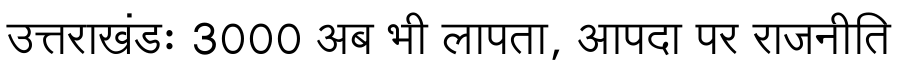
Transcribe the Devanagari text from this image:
उत्तराखंडः 3000 अब भी लापता, आपदा पर राजनीति